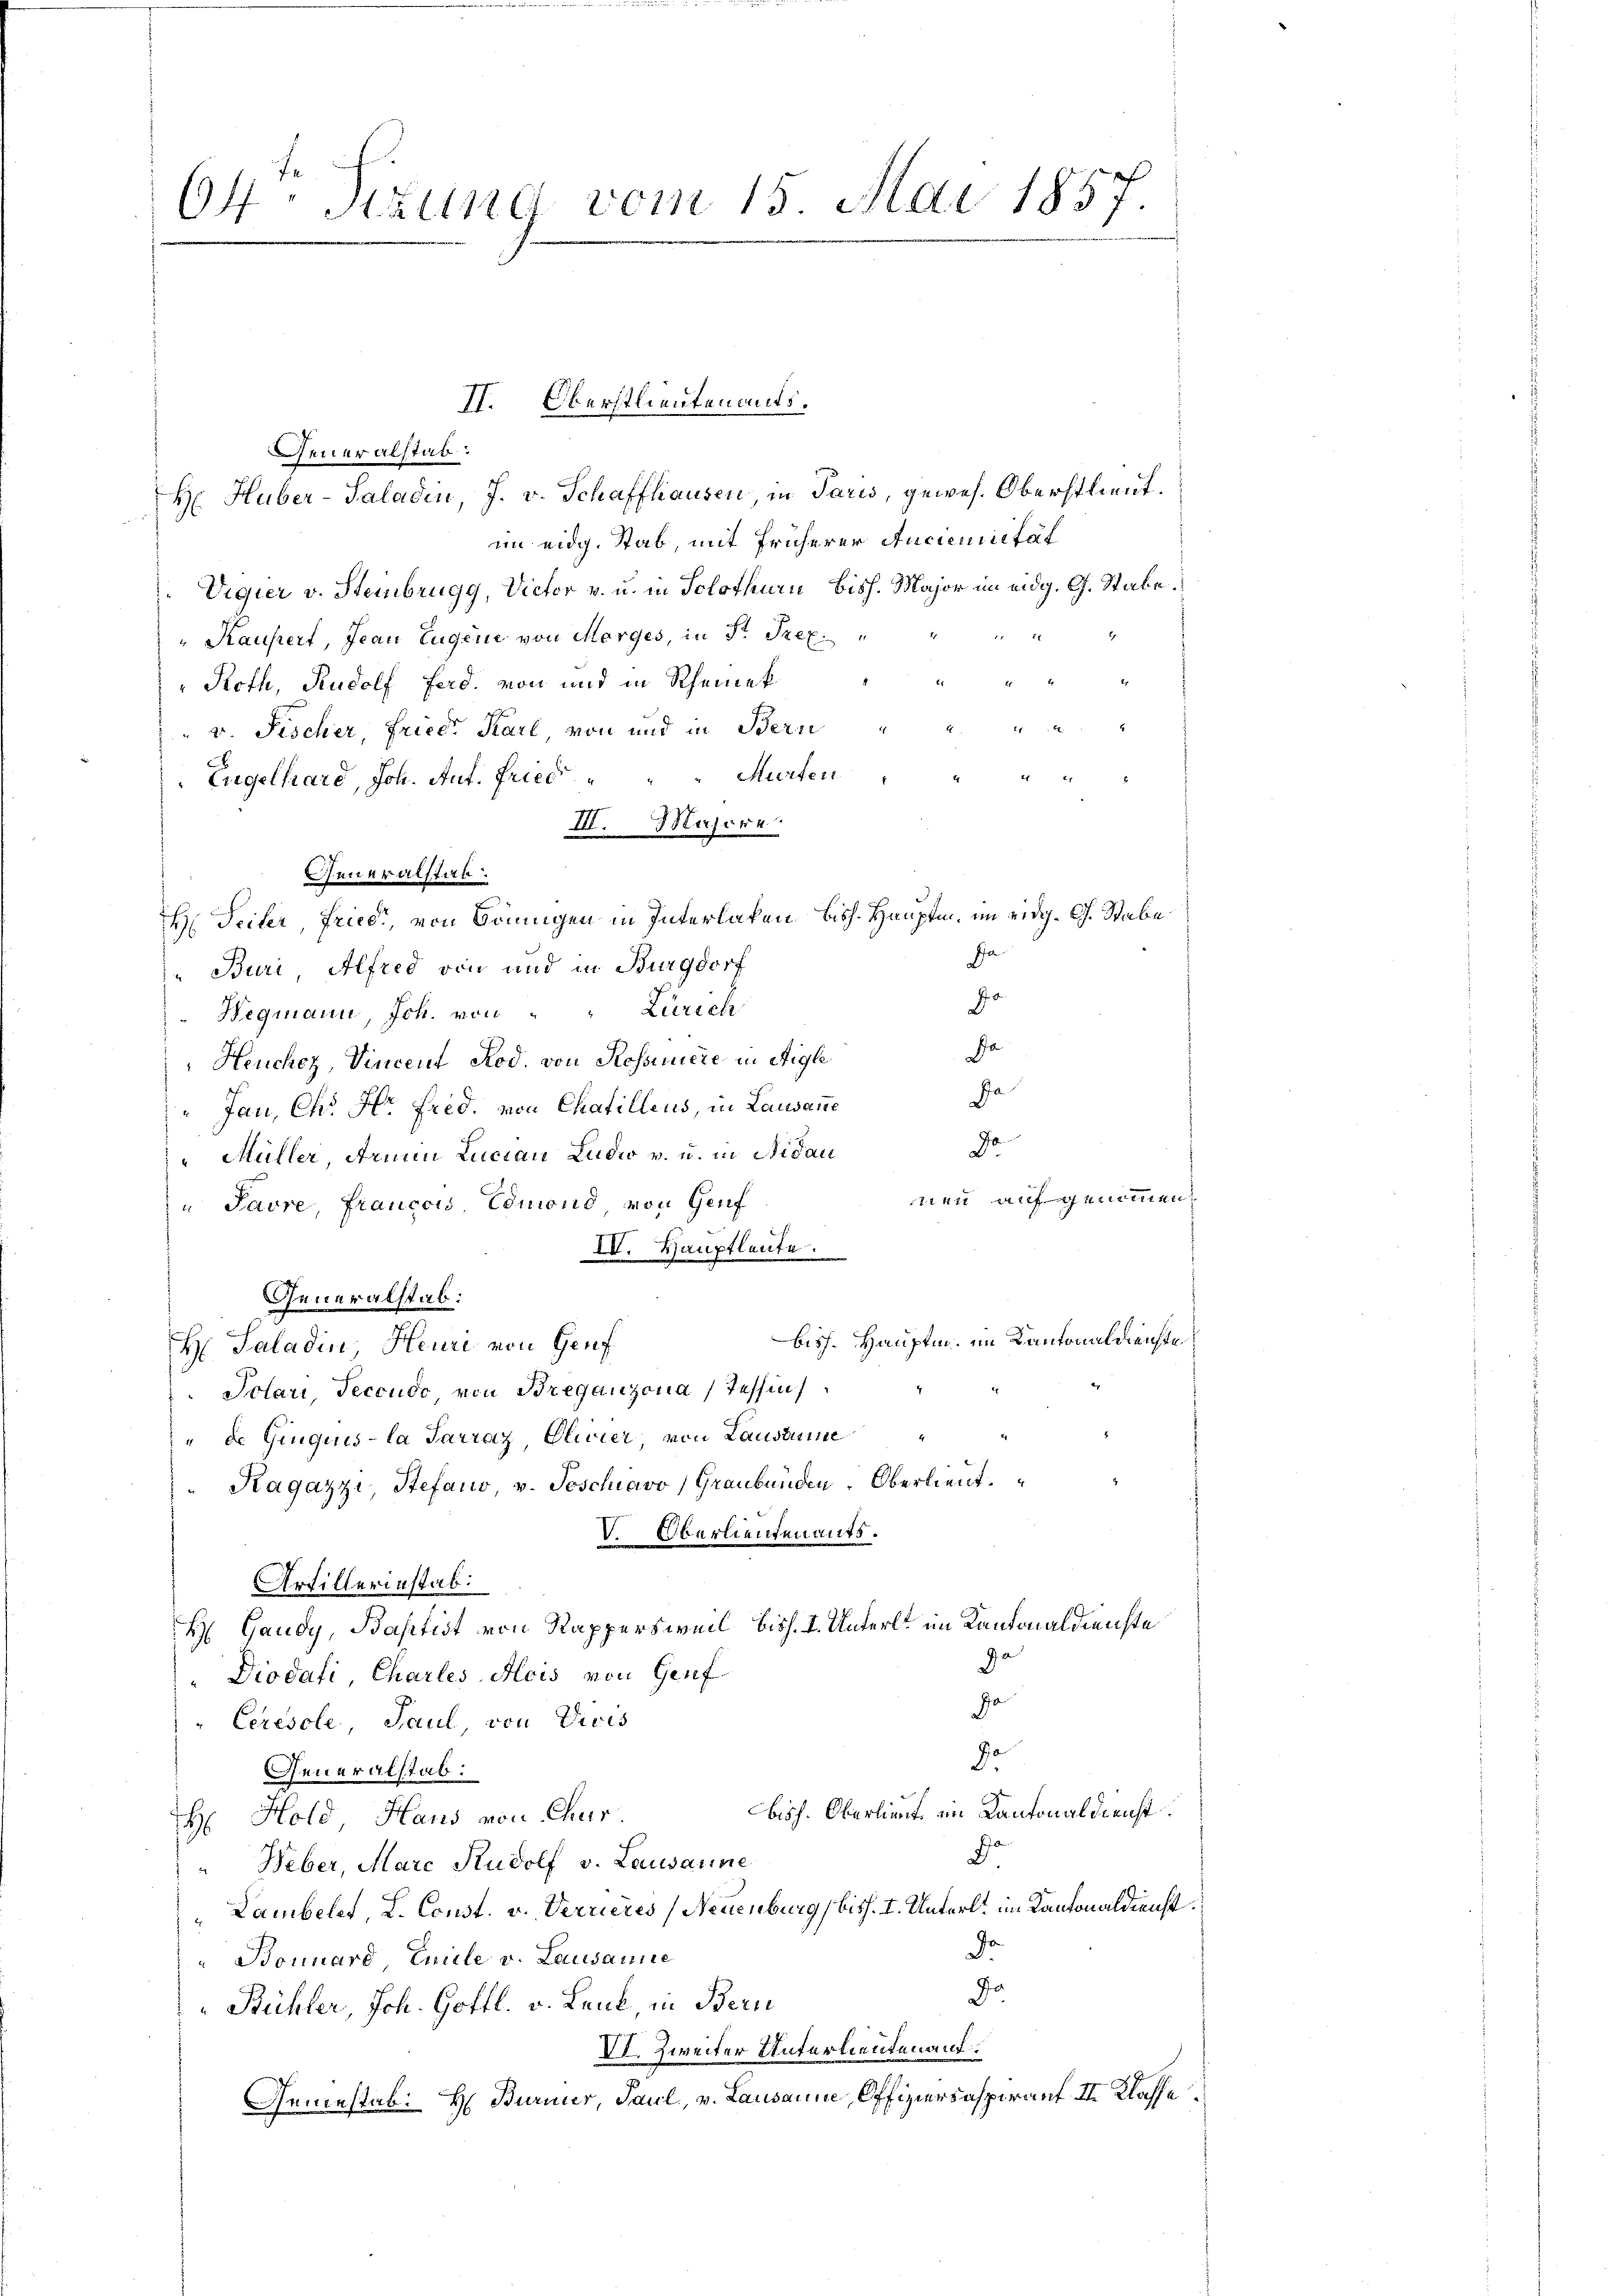
64. Sizung vom 15. Mai 1857.

Feneralstab.
H. Huber-Saladin, J. v. Schaffhausen in Paris, gewes. Oberstlieut.
im eidg. Stab, mit früherer Anciemittat
Vigier v. Steinbrugg, Victor v. u. in Solothurn bish. Major im eidg. G. Stabe.
„Kaufert, Jean Eugene von Morges, in St. Pret.
Roth, Rudolf Ferd. von und in Rheinek
v. Fischer, Friede Karl von und in Bern
2
Engelhard, Joh. Auf. Fried " " " Murten
III. Majore
Generalstab
H. Teiler, Friedi, von Bringen in Interlaken bish. Hauptm. im eidg. Ch. Stabe
Ja
Buri Alfred von und in Burgdorf
Jo
Wegmann, Joh. von " " Zürich
Da
Heucher, Vincent Rod. von Rossenere in Aigle
Ja
"Jau, Chr. Hr. Fred. von Chafillens, in Lausanne
Ja
Müller Armen Lucian Ludw v. u. in Nidau
nen aufgenommen
Pavre, francois Edmond von Genf
IV. Hauptleute
Generalstab:
bish. Hauptm. im Kantonaldienste
H. Saladin, Heure von Genf
Polari, Teccudo von Breganzona, Tessin
"de Ginquis la Sarraz Olivier von Lausaume
"Kagazzi, Stefano, v. Poschiavo, Graubünden Oberlieut.
V. Oberlieutenants.
Artillerinstab.
H Gaudy, Baptist von Rappersweil biss. I. Unterl. im Kantonaldienste
.
Diodafi, Charles Alois von Genf
Ja
"Ceresole, Paul von Vicis
Jo
Feneralstab:
bisch. Oberlieut im Kantonaldienst
H: Hold Hand von Chur
Da
Weber, Marc Rudolf v. Lausanne
Lambelet, L. Const. v. Verrieres (Neuenburg biss. I. Unterl. im Kantonaldienst
De
Bounard, Emile v. Lausanne
Da
Bühler, Joh. Gottl. v. Laub in Bern
VI. Zweiter Unterlieuten auf.
Gemestab. H. Bürius, Paul, v. Lausanne, Offiziersaspirauf III. Klasse

II. Oberstlieuten aufs.